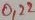
Text: 0,22